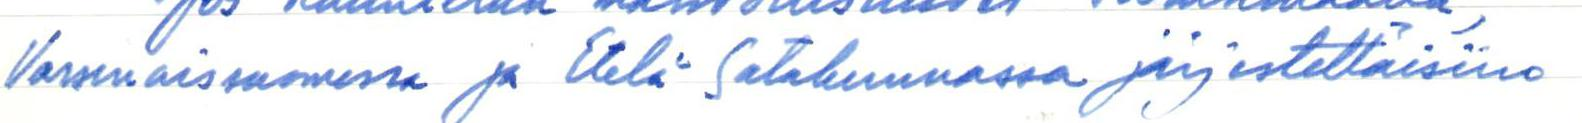
Varsinaissuomessa ja Etelä Satakunnassa järjestettäisiin